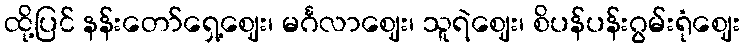
ထို့ပြင် နန်းတော်ရှေ့ဈေး၊ မင်္ဂလာဈေး၊ သူရဲဈေး၊ စိပန်ပန်းဂွမ်းရုံဈေး